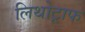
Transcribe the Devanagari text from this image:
लिथोट्राफ